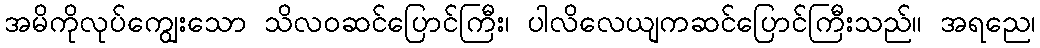
အမိကိုလုပ်ကျွေးသော သိလဝဆင်ပြောင်ကြီး၊ ပါလိလေယျကဆင်ပြောင်ကြီးသည်။ အရညေ၊